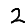
Digit: 2